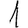
Digit: 1